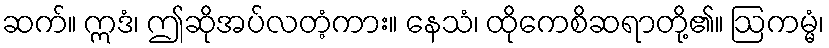
ဆက်။ ဣဒံ၊ ဤဆိုအပ်လတံ့ကား။ နေသံ၊ ထိုကေစိဆရာတို့၏။ ဩကမ္မံ၊